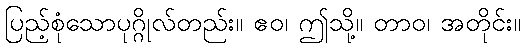
ပြည့်စုံသောပုဂ္ဂိုလ်တည်း။ ဧဝ၊ ဤသို့။ တာဝ၊ အတိုင်း။